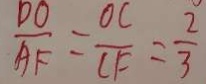
\frac { D O } { A F } = \frac { O C } { C F } = \frac { 2 } { 3 }